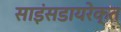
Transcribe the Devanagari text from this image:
साइंसडायरेक्त